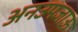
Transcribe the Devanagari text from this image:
अनउपजाऊ